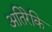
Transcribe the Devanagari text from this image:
अतिरेकि